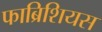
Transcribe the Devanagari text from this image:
फाब्रिशियस